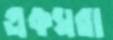
একঘরা